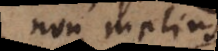
non melius